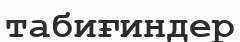
табиғиндер